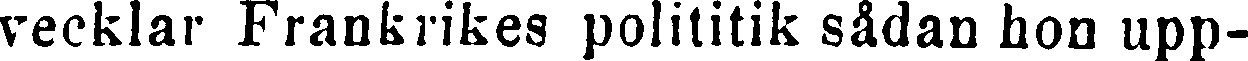
vecklar Frankrikes polititik sådan hon upp-